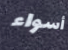
أسواء